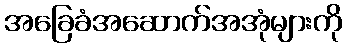
အခြေခံအဆောက်အအုံများကို